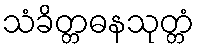
သံခိတ္တဓနသုတ္တံ